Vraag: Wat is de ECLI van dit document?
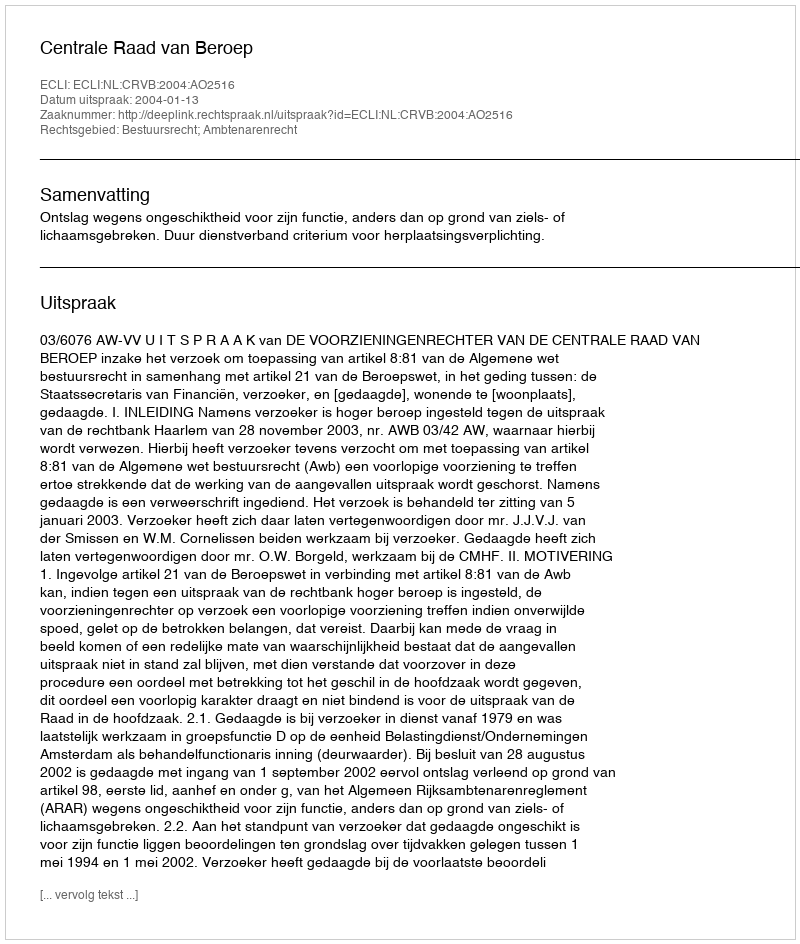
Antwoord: ECLI:NL:CRVB:2004:AO2516